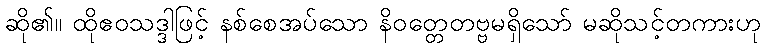
ဆို၏။ ထိုဧဝသဒ္ဒါဖြင့် နစ်စေအပ်သော နိဝတ္တေတဗ္ဗမရှိသော် မဆိုသင့်တကားဟု